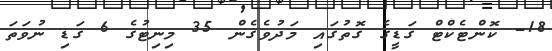
18- ކޮންޓެކްޓް ގަޑީގެ ގޮތުގައި މަދުވެގެން 35 މިނިޓުގެ 6 ގަޑި ނުވަތަ